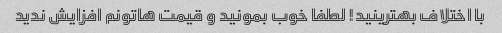
با اختلاف بهترینید! لطفا خوب بمونید و قیمت هاتونم افزایش ندید